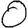
Digit: 0